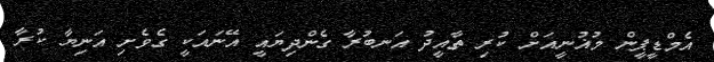
އެމްޑީޕީން މުޣުނީއަށް ކުރި ތާއީދު އަނބުރާ ގެންދިޔައީ އޭނައަކީ ގެވެށި އަނިޔާ ކުރާ